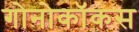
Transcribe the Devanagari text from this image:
गोनोकॉकस